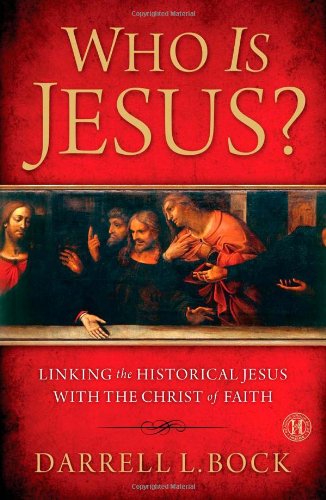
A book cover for Who Is Jesus?: Linking the Historical Jesus with the Christ of Faith; Darrell L Bock; Christian Books & Bibles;